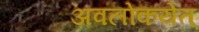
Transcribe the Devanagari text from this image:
अवलोकयेत्